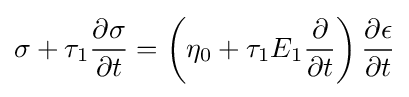
\sigma +\tau _{1}{\frac {\partial {\sigma }}{\partial {t}}}=\left({\eta _{0}+\tau _{1}E_{1}{\frac {\partial }{\partial t}}}\right){\frac {\partial {\epsilon }}{\partial {t}}}